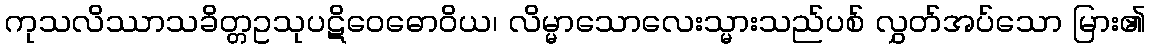
ကုသလိဿာသခိတ္တဥသုပဋိဝေဓောဝိယ၊ လိမ္မာသောလေးသ္မားသည်ပစ် လွှတ်အပ်သော မြား၏